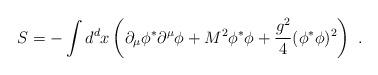
LaTeX: \begin{align*}S = -\int d^dx \left(\partial_\mu \phi^* \partial^\mu \phi + M^2 \phi^*\phi + \frac{g^2}{4} (\phi^* \phi)^2 \right)\ .\end{align*}